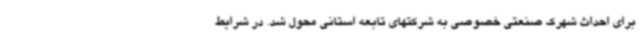
برای احداث شهرک صنعتی خصوصی به شرکتهای تابعه استانی محول شد. در شرایط